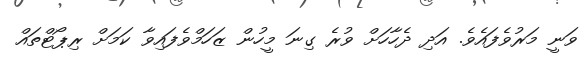
ވަނީ މަރުވެފައެވެ. އަދި ދެހާހަށް ވުރެ ގިނަ މީހުން ޒަހަމްވެފައިވާ ކަމަށް ރިޕޯޓްތައް